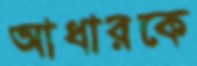
আধারকে